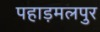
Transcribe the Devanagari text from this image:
पहाड़मलपुर